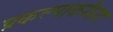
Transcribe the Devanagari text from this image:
प्रकल्पाकरीता